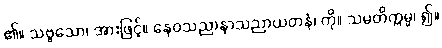
၏။ သဗ္ဗသော၊ အားဖြင့်။ နေဝသညာနာသညာယတနံ၊ ကို။ သမတိက္ကမ္မ၊ ၍။